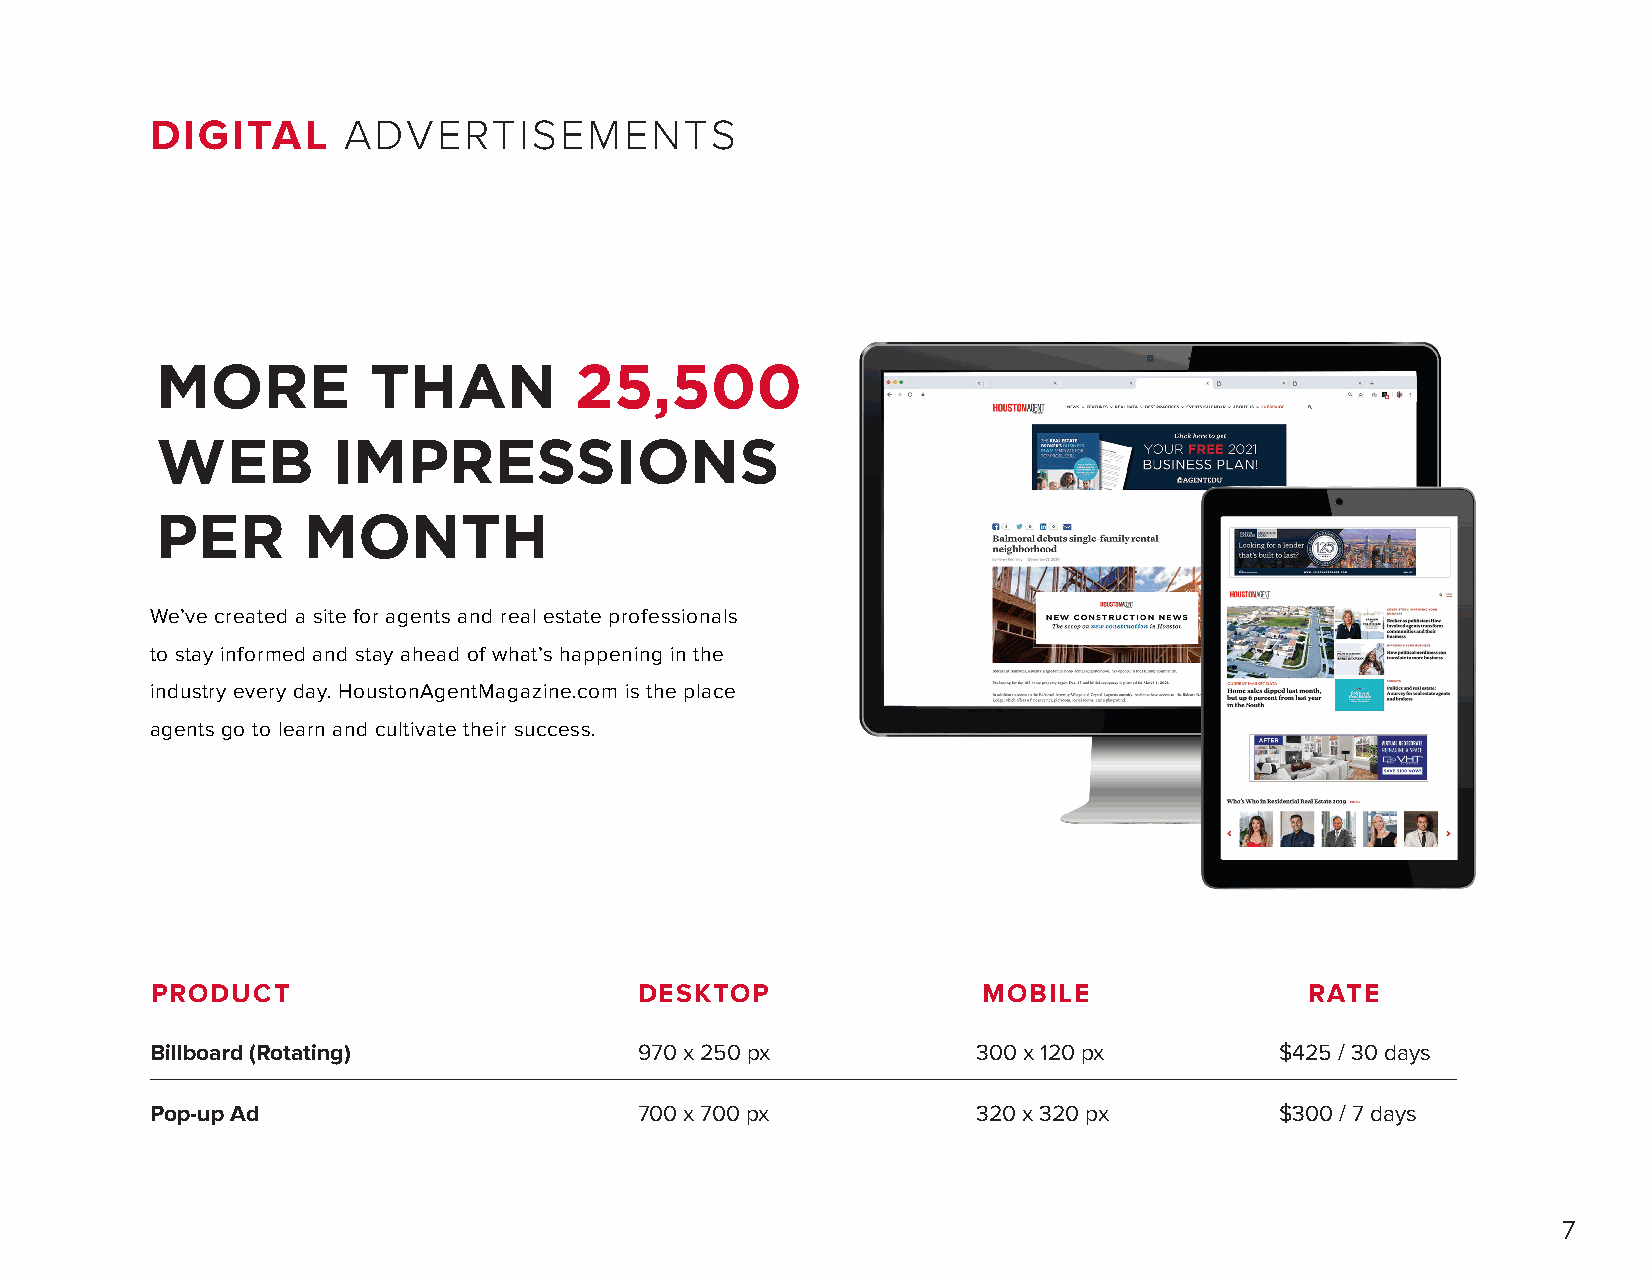
DIGITAL      ADVERTISEMENTS
 MORE          THAN          25,500
 WEB         IMPRESSIONS
 PER       MONTH
 We’ve created a site for agents and real estate professionals
 to stay informed and stay ahead of what’s happening in the
 industry every day. HoustonAgentMagazine.com is the place
 agents go to learn and cultivate their success.
 PRODUCT                         DESKTOP                MOBILE                RATE
 Billboard (Rotating)            970 x 250 px           300 x 120 px        $425 / 30 days
 Pop-up Ad                       700 x 700 px           320 x 320 px        $300 / 7 days
 7